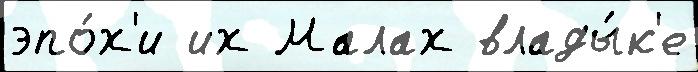
эпо́х'и их Малах влады́к'е